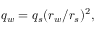
q _ { w } = q _ { s } ( r _ { w } / r _ { s } ) ^ { 2 } ,